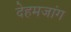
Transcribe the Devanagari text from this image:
देहमजांग